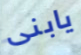
يابنى